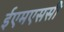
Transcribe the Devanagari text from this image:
ईएमएससी